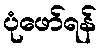
ပုံဖော်ရန်